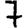
Digit: 7